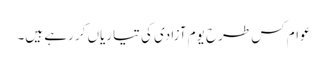
عوام کس طرح یومِ آزادی کی تیاریاں کر رہے ہیں۔